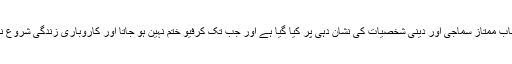
واضح رہے کہ ضرورت مند خاندانوں کا انتخاب ممتاز سماجی اور دینی شخصیات کی نشان دہی پر کیا گیا ہے اور جب تک کرفیو ختم نہین ہو جاتا اور کاروباری زندگی شروع نہیں ہو جاتی اس مہم کو جاری رکھا جائے گا۔